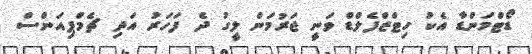
ޑޯޓްމަންޑާ އެކު ހިޓްޒްފެލްޑް ވަނީ ޖަރުމަން ލީގު ދެ ފަހަރު އަދި ޗެމްޕިއަންސް